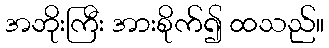
အဘိုးကြီး အားစိုက်၍ ထသည်။